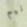
نيم